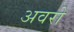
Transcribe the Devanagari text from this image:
अवरो